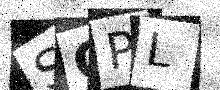
Text: SQPL